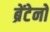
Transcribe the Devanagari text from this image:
ब्रेंटेनो